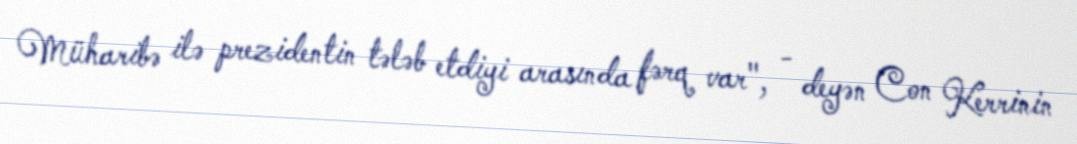
Müharibə ilə prezidentin tələb etdiyi arasında fərq var", - deyən Con Kerrinin